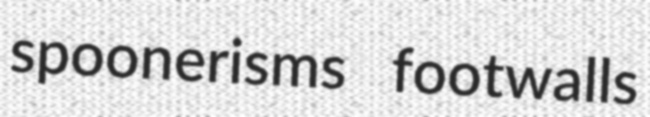
spoonerisms footwalls